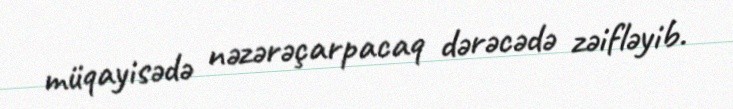
müqayisədə nəzərəçarpacaq dərəcədə zəifləyib.